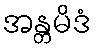
အန္တမိဒံ